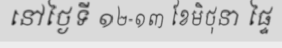
នៅថ្ងៃទី ១២-១៣ ខែមិថុនា ផ្ទៃ